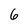
Character: 6